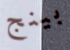
بينج